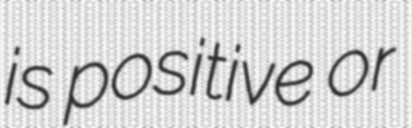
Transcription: is positive or